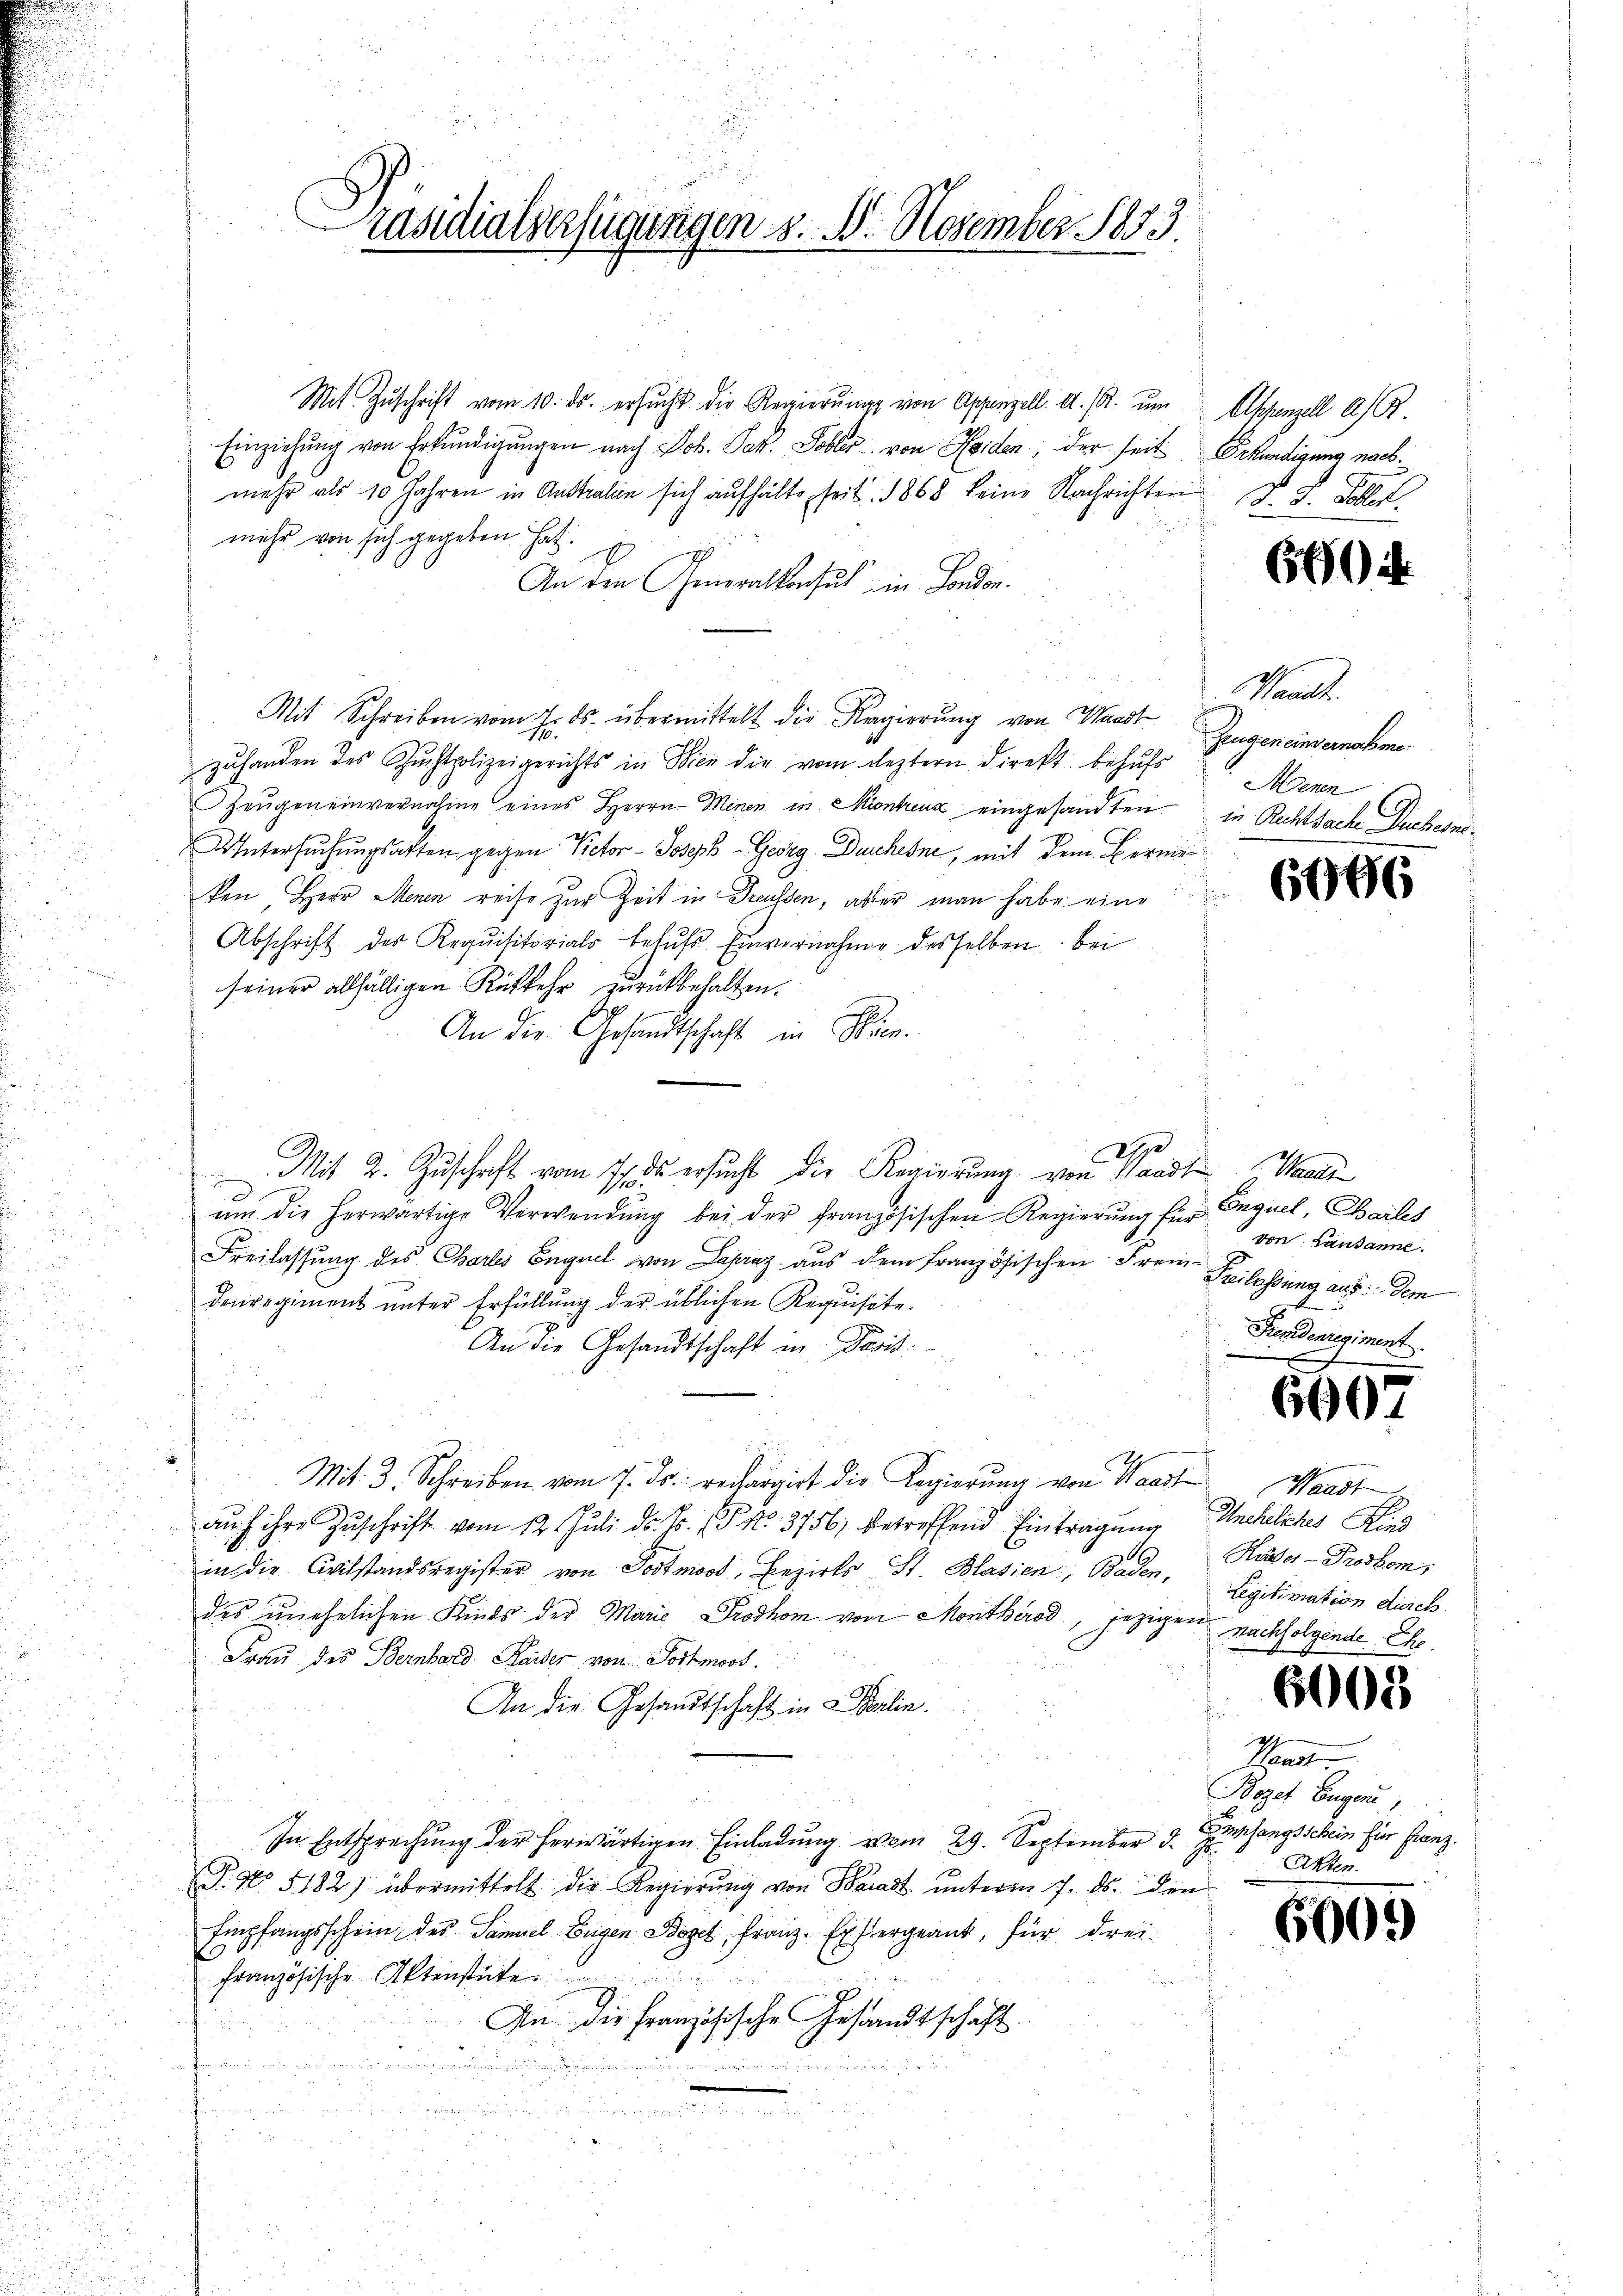
räsidialverfügungen s. 3. November 1883

Mit Zŭschrift vom 10. ds. ersŭcht die Regierŭng von Appenzell A. R. um
Einziehung von Erkundigungen nach Joh. Jak. Sober von Seiden, der seit
mehr als 10 Jahren in Anstratien sich aufhälte seit 1868 keine Nachrichten d. d. Sollek
mehr von sich gegeben hat.
An den Generalkonsul in London.
Mit Schreiben vom 7. ds. übermittelt die Regierung von Waadt
zuhanden des Zuchtpolizeigerichts in Wien die vom leztern direkt behufs
Zeŭgen einvernahme eines Herrn Minen in Montrenz eingesandten
Untersŭchŭngsakten gegen Victor- Joseph-Georg Durchene, mit dem Bernieken Herr Menen reise zur Zeit in Treussen, aber man habe eine
Abschrift des Requisitorials befŭhr Einvernahme desselben. Bei
seiner allfälligen Rükkehr zurückbehalten.
An die Gesandtschaft in Kien.
Mit 2. Zuschrift vom 1. ds ersucht die Regierung von Waadt Waad
I.
um die herwärtige Verwendung bei der Französischen Regierung für Erguel, Bailes
Freilassung des Chartes Enguel von Lapraz aus dem französischen Frem¬
Deiregiment unter Erfüllung der üblichen Requisite.
An die Gesandtschaft in Paris.
Mit 3. Schreiben vom 7. ds. rechargirt die Regierŭng von Waadt Waadt
aŭf ihre Zŭschrift vom 12. Juli d. Js. (T No. 3756, betreffend Eintragung
in die Civilstandsregister von Portmoos, Bezirks St. Blasien, Baden,
des unehelichen Kinds der Marie Prodhom vom Montherod, jezigen nachfolgende Ehe.
Frau des Bernhard Kaiser von Sortmoos.
An die Gesandtschaft in Berlin.
In Entsprechung der herwärtigen Einladung vom 29. September d. angsschein für Franz
P. No. 5182) übermittelt die Regierŭng von Waadt ŭnterm 7. ds. den
Empfangsschein des Samuel Eugen Boget, Franz. Er ergeant, für drei-
französische Aktenstute
P
An die französische Gesandtschaft.
.

2

Ahzenzell a/R
Erkundigung nach.

660

Waadt
Zeugen einvernohme¬
Mern
in Rechtsache Deuchens

61906

von Lausanne.
Beilassung aus dem
Fendenregiment

6007

Anchelches Kind
Käster-Prodbem;
Legitimation disch.

6008

Wanden
Bogat Eugen,
Akten.

6665